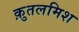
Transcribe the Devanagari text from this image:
क़ुतलमिश